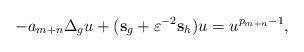
LaTeX: \begin{align*}-a_{m+n} \Delta_g u + ({\bf s}_g + \varepsilon^{-2} {\bf s}_h ) u = u^{p_{m+n}-1}, \end{align*}